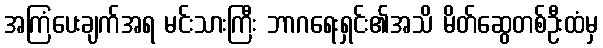
အကြံပေးချက်အရ မင်းသားကြီး ဘာဂရေးရှင်း၏အသိ မိတ်ဆွေတစ်ဦးထံမှ